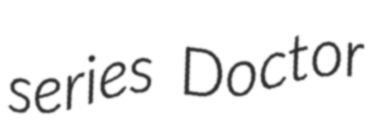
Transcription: series Doctor